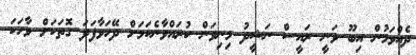
ދެއްވަމުން އިބޫ ވަނީ ރައީސް ނަޝީދު މިނިވަން ކުރައްވާނެކަމަށް ދޭހަވާފަދަ ގޮތަކަށް ވާހަކަ